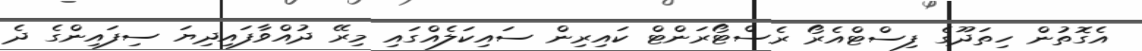
އެގޮތުން ހިތަދޫގެ ފިސްޓްއެރޯ ރެސްޓޯރަންޓް ކައިރިން ސައިކަލެއްގައި މިރޭ ދުއްވާފައިދިޔަ ސިފައިންގެ ދެ